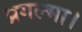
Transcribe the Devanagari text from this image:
प्रगल्भा।